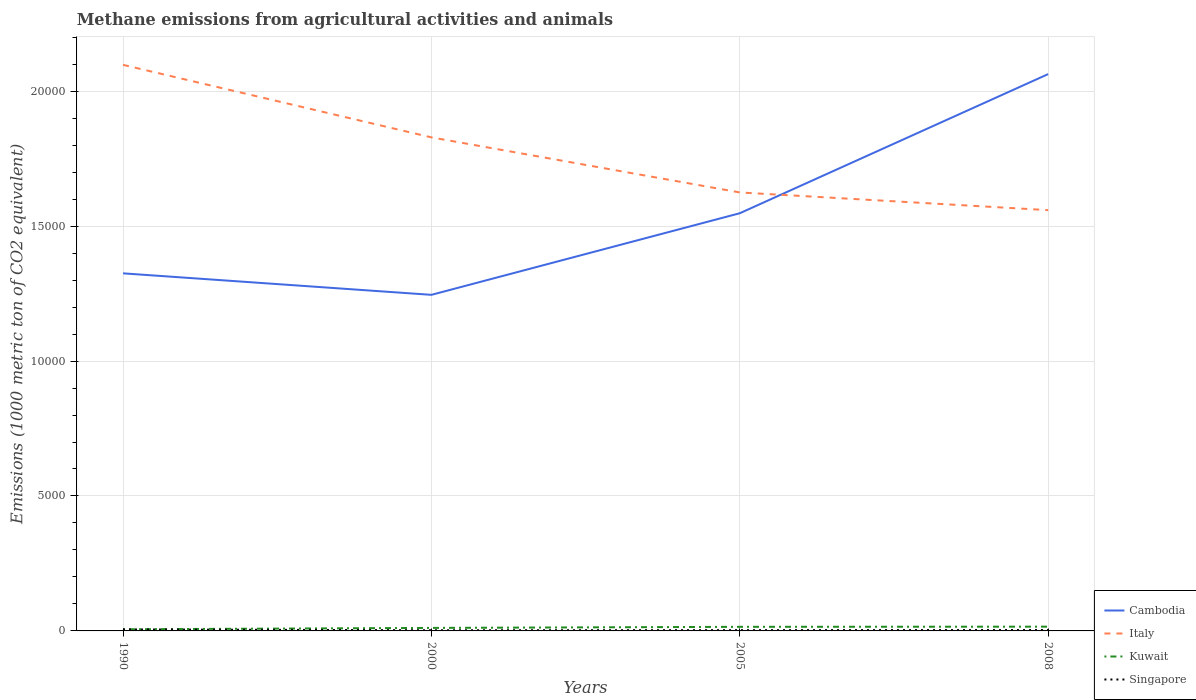
| Years | Cambodia | Italy | Kuwait | Singapore |
 | --- | --- | --- | --- | --- |
 | 1990 | 1.32e+04 | 2.1e+04 | 60.5 | 55.6 |
 | 2000 | 1.25e+04 | 1.83e+04 | 112 | 24.4 |
 | 2005 | 1.55e+04 | 1.62e+04 | 152 | 28.4 |
 | 2008 | 2.06e+04 | 1.56e+04 | 158 | 32.8 |